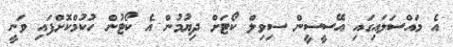
އެ މައްސަލައިގައި އޭސީސީން ސިވިލް ކޯޓަށް ދިޔުމުން އެ ކޯޓުން ހުކުމްކޮށްފައި ވަނީ